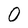
Character: O